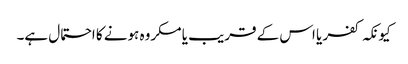
کیونکہ کفر یا اس کے قریب یا مکروہ ہونے کا احتمال ہے۔